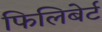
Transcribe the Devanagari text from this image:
फिलिबेर्ट